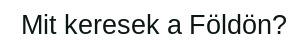
Mit keresek a Földön?